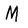
Character: M